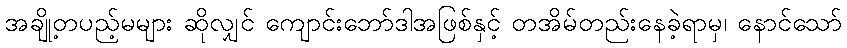
အချို့တပည့်မများ ဆိုလျှင် ကျောင်းဘော်ဒါအဖြစ်နှင့် တအိမ်တည်းနေခဲ့ရာမှ၊ နောင်သော်